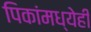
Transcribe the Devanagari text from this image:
पिकांमध्येही